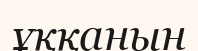
ұққанын